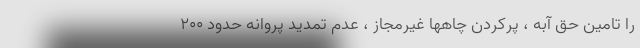
را تامین حق آبه ، پرکردن چاهها غیرمجاز ، عدم تمدید پروانه حدود ۲۰۰